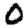
Digit: 0